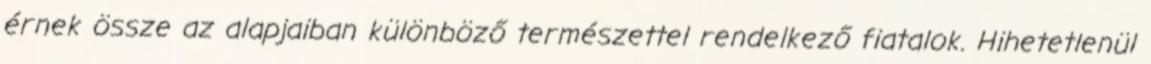
érnek össze az alapjaiban különböző természettel rendelkező fiatalok. Hihetetlenül